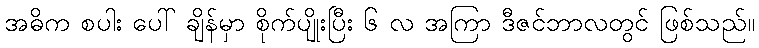
အဓိက စပါး ပေါ် ချိန်မှာ စိုက်ပျိုးပြီး ၆ လ အကြာ ဒီဇင်ဘာလတွင် ဖြစ်သည်။